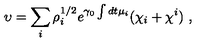
\upsilon = \sum _ { i } \rho _ { i } ^ { 1 / 2 } e ^ { \gamma _ { 0 } \int d t \mu _ { i } } ( \chi _ { i } + \chi ^ { i } ) \ ,